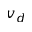
v _ { d }